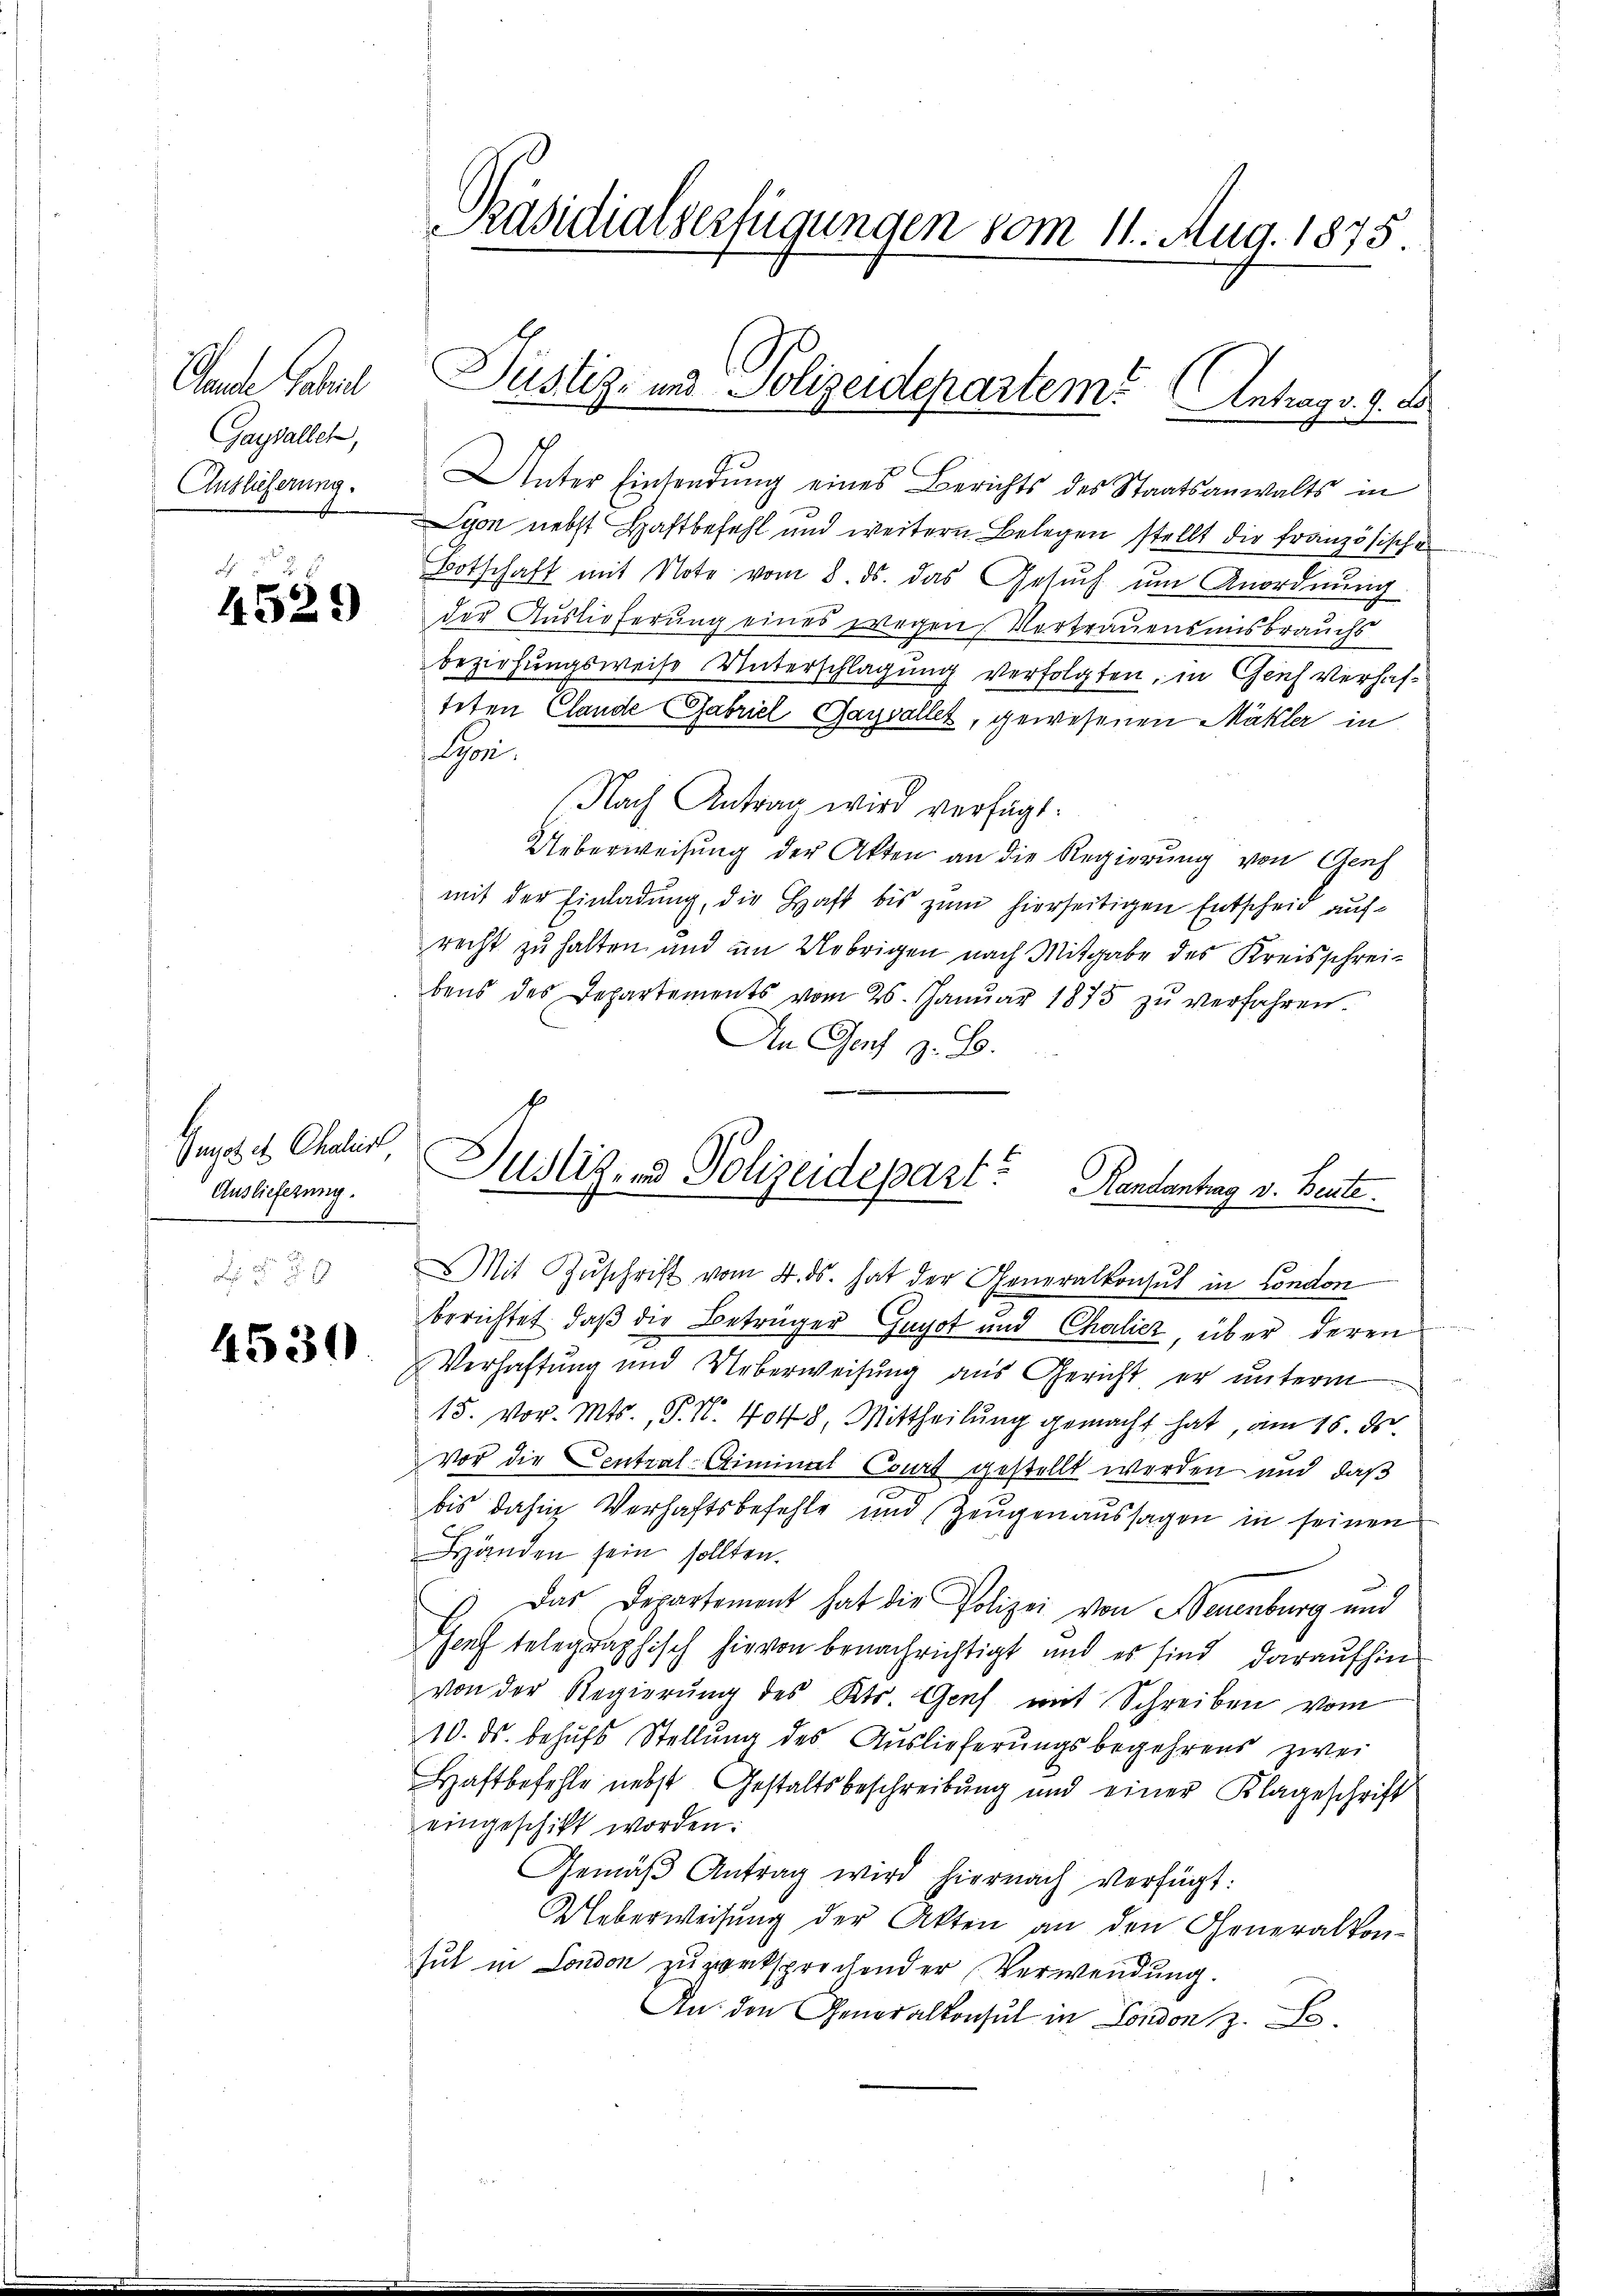
Standte Geheil
Gaysaller,
Auslieferung.
x

526
4529

Gmnot et Chalist
Auslieferung.

4530

Präsidiaiserfügungen vom 11. Aug. 1875.

Unter Einsendung eines Berichts des Staatsanwalts in
Syon nebst Haftbefehl und weitern Belegen stellt die französische
Botschaft mit Note vom 8. ds. das Gesŭch ŭm Anordnung
der Auslieferung eines wegen Vertrauensinsbrauchs
beziehungsweise Unterschlagung verfolgten, in Genf verhafteten Cande Gabriel Gaysallet, gewesenen Mäkler in
Spi.
(Nach Antrag wird verfügt:
Ueberweisung der Akten an die Regierung von Genf
mit der Einladung, die Haft bis zum hierseitigen Entscheid aufrecht zu halten und im Uebrigen nach Mitgabe des Kreisschreibens des Departements vom 26. Janŭar 1875 zŭ verfahren
An Genf z. B.

Justiz- und Polizeidepartem Antrag v. 9. d.

Justiz- & Polizeidepart? Kandantrag v. Beute.
Mit Zŭschrift vom 4. ds. hat der Generalkonsul in London

berichtet, daß die Betrüger Gugot und Chalicz, über deren
Verhaftung und Ueberweisŭng aus Gericht er ŭnterm
15. vor. Mts., P. N. 4048, Mittheilung gemacht hat, am 15. d
vor die Central-Criminal Court gestellt werden und daß
bis dahin Verhaftsbefehle und Zeugenaussagen in seinen
Händen sein sollten.
Das Departement hat die Polizei von Neuenburg und
Genf telegraphisch hievon benachrichtigt und es sind daraufhin
von der Regierŭng des Kts. Genf mit Schreiben vom
10. ds. behufs Stellung des Auslieferungsbegehrens zwei
Haftbefehle nebst Gestaltsbeschreibung und einer Klageschrift
eingeschikt worden:
Gemäβ Antrag wird hiernach verfügt:
Ueberweisung der Akten an den Generalkon-
hut in London zu zwecksprochender Verwendung.
An den Generalkonsul in London z. B.